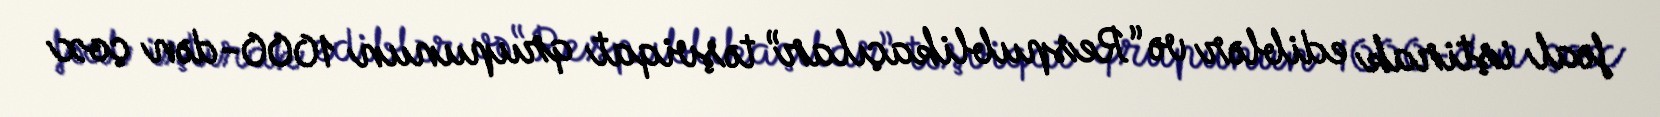
fəal iştirak ediblər və “Respublikaçılar” təşviqat qrupunun 1000-dən çox